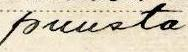
puusta